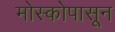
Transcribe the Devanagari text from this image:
मोस्कोपासून